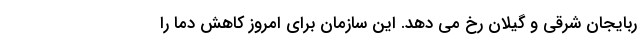
ربایجان شرقی و گیلان رخ می دهد. این سازمان برای امروز کاهش دما را